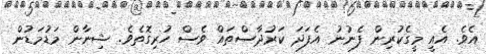
އެވެ. އެއީ މީގެކުރިން ފެނުނު އެފަދަ ކަރުދާސްތައް ވެސް ހުރިގޮތެވެ. ޝިނާން މަޑުމަޑުން